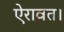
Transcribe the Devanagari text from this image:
ऐरावत।